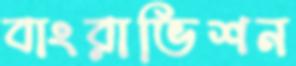
বাংরাভিশন